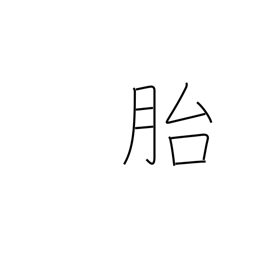
Meaning: womb